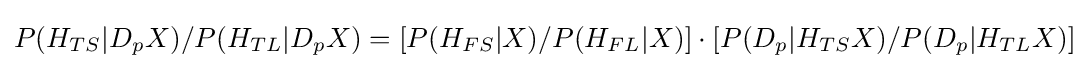
P(H_{TS}|D_{p}X)/P(H_{TL}|D_{p}X)=[P(H_{FS}|X)/P(H_{FL}|X)]\cdot [P(D_{p}|H_{TS}X)/P(D_{p}|H_{TL}X)]